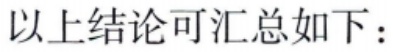
以上结论可汇总如下：